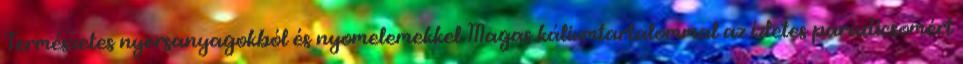
Természetes nyersanyagokból és nyomelemekkel Magas káliumtartalommal az ízletes paradicsomért